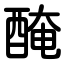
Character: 醃